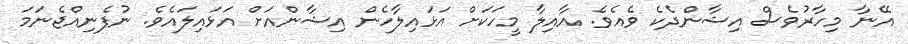
އޭނާ މިހާރުވެސް އިޝާންދެކެ ވެއެވެ. އާއިލާ މީހަކަށް އަޅައިލާހެން އިޝާންއަށް އަޅައިލައެވެ. ނުފެނިއްޖެނަމަ